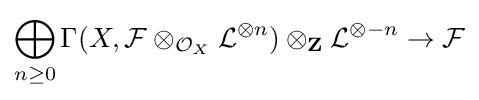
\bigoplus _{n\geq 0}\Gamma (X,{\mathcal {F}}\otimes _{{\mathcal {O}}_{X}}{\mathcal {L}}^{\otimes n})\otimes _{\mathbf {Z} }{\mathcal {L}}^{\otimes {-n}}\to {\mathcal {F}}